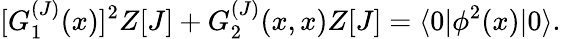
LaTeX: [G_{1}^{(J)}(x)]^{2}Z[J]+G_{2}^{(J)}(x,x)Z[J]=\langle 0|\phi^{2}(x)|0\rangle.